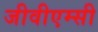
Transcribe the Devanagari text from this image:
जीवीएम्सी